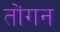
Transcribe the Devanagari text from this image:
तोंगन